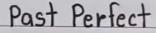
Past Perfect